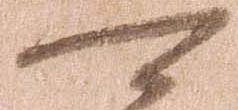
可